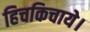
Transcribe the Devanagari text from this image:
हिचकिचाये।